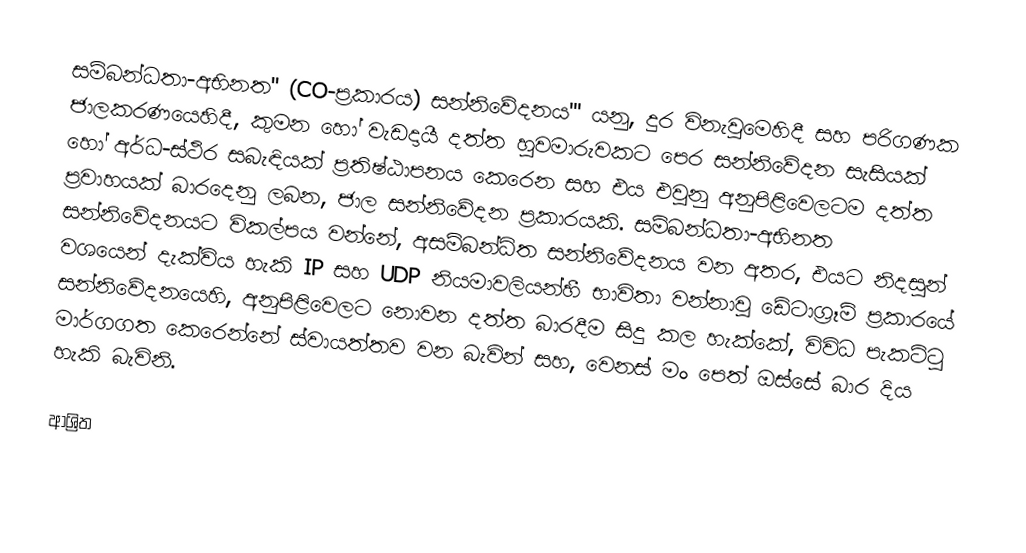
සම්බන්ධතා-අභිනත'' (CO-ප්‍රකාරය) සන්නිවේදනය''' යනු,  දුර විනැවුමෙහිදී සහ පරිගණක ජාලකරණයෙහිදී,  කුමන හෝ වැඩදායී දත්ත හුවමාරුවකට පෙර  සන්නිවේදන සැසියක් හෝ අර්ධ-ස්ථිර සබැඳියක්  ප්‍රතිෂ්ඨාපනය කෙරෙන සහ එය එවුනු අනුපිළිවෙලටම දත්ත ප්‍රවාහයක් බාරදෙනු ලබන, ජාල සන්නිවේදන ප්‍රකාරයකි. සම්බන්ධතා-අභිනත සන්නිවේදනයට විකල්පය වන්නේ,  අසම්බන්ධිත සන්නිවේදනය වන අතර, එයට නිදසුන් වශයෙන් දැක්විය හැකි IP සහ UDP නියමාවලියන්හී භාවිතා වන්නාවූ ඩේටාග්‍රෑම් ප්‍රකාරයේ සන්නිවේදනයෙහි, අනුපිළිවෙලට නොවන දත්ත බාරදීම සිදු කල හැක්කේ, විවිධ පැකට්ටු මාර්ගගත කෙරෙන්නේ ස්වායත්තව වන බැවින් සහ, වෙනස් මං පෙත් ඔස්සේ බාර දිය හැකි බැවිනි.

ආශ්‍රිත